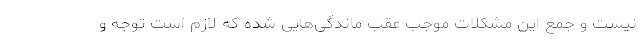
نیست و جمع این مشکلات موجب عقب ماندگی‌هایی شده که لازم است توجه و